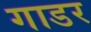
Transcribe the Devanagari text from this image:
गाडर